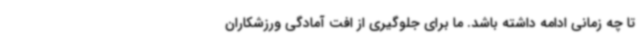
تا چه زمانی ادامه داشته باشد. ما برای جلوگیری از افت آمادگی ورزشکاران